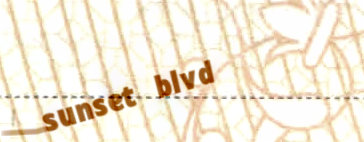
sunset blvd